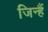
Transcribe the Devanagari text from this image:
जिन्हैं